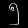
Digit: ၅